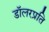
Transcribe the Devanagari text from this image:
डॉलरप्रति